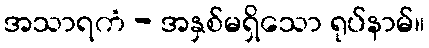
အသာရကံ - အနှစ်မရှိသော ရုပ်နာမ်။